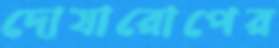
দোষারোপের